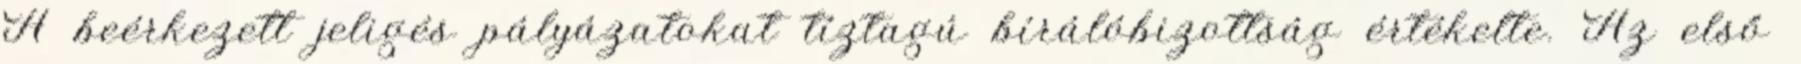
A beérkezett jeligés pályázatokat tíztagú bírálóbizottság értékelte. Az első